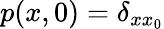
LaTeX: p(x,0)=\delta_{xx_{0}}